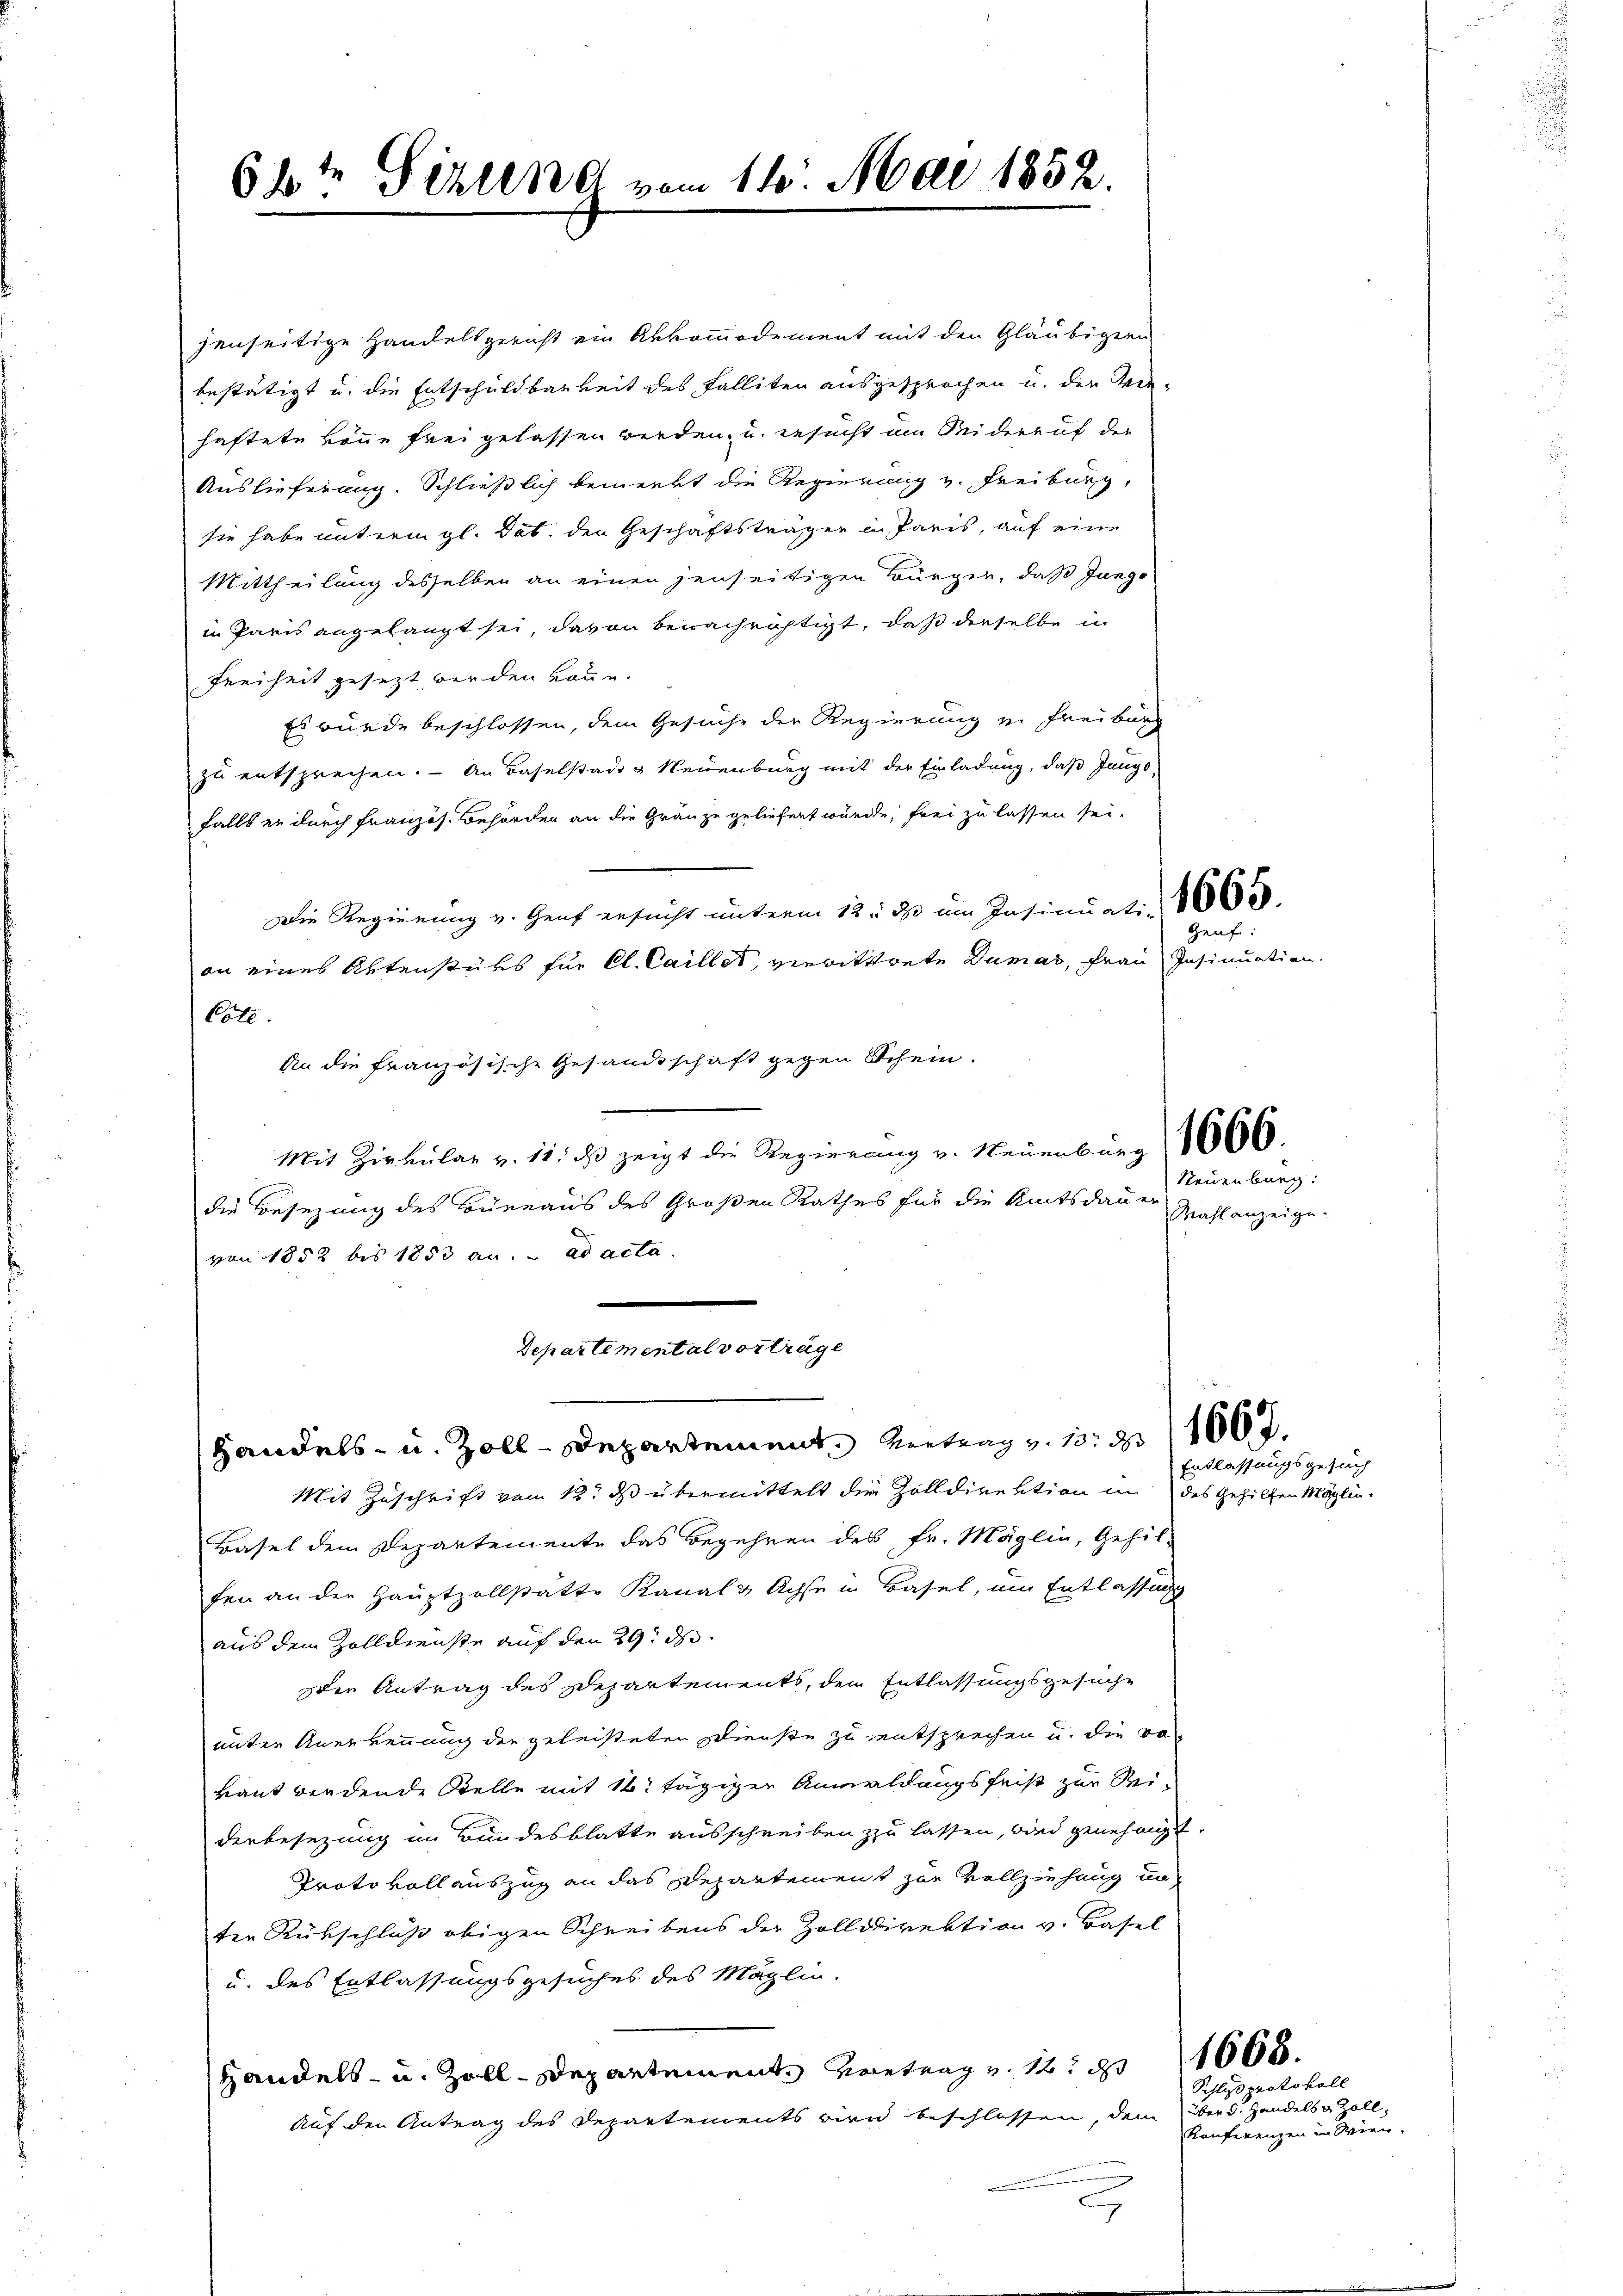
68te Sitzung vom 14. Mai 1852.

jenseitige Handelsgericht ein Abkommodement mit den Gläubigern
bestätigt u. die Entschuldbarkeit des Falliten ausgesprochen u. der Wie-
haftete könne frei gelassen werden, u. ersucht am Seiderauf der
Auslieferung. Schließlich bemerkt die Regierung v. Freiburg,
sie habe unterm gl. dat. den Geschäftsträger in Paris, auf eine
Mittheilung desselben an einen jenseitigen Bürger, daß Jungo
in Paris angelangt sei, davon benachrichtigt, daß derselbe in
Freiheit gesezt werden könne.
Es würde beschlossen, dem Gesuche der Regierung in Freiburg
zu entsprechen. - An Baselstadt u Neuenburg mit der Einladung, daß Jango
falls er durch Französ. Behörden an die Gränze geliefert würde, frei zu lassen sei.
Die Regierung v. Genf ersucht unterm 12. ds im Insinuati 10000
an eines Aktenstüks für Cl. Caillet, verwittwete Dumas, Frau Insinuation.
Cote.
An die französische Gesandtschaft gegen Schein.
Mit Zirkular v. 11. ds zeigt die Regierung v. Neuenburg 16656.
die Besezung des Büreaus des Großen Rathes für die Amtsdauer
von 1852 bis 1853 an. ad acta.
Departemental vorträge

Handels- u. Zoll-Departement Vertrag v. 13. d. 1067.
Mit Zuschrift vom 12. ds übermittelt die Zolldirektion in des Gehilfen Möglin-
Basel dem Departemente das Begehren des Fr. Möglin, Gehil-
fen an der Hauptzollstatte Kanal & Achse in Basel, um Entlassung
aus dem Zolldienste auf den 29. ds
er Antrag des Departements, dem Entlassungsgesuche
unter Anerkennung der geleisteten Dienste zu entsprechen u. die von
Laut werdende Stelle mit 16. tägiger Anmeldungsfeis zur Wi-
derbesezung im Bundesblatte ausschreiben zu lassen, wird genehmigt.
Protokollauszug an das Departement zur Vollziehung un
ter Rückschluß obigen Schreibens der Zolldirektion v. Basel
u. des Entlassungsgesuches des Maglin.
Handels- u. Zoll-Departement vortrag v. 1. ds
Auf den Antrag des Departements bien beschlossen, dem über d. Handels & Zoll-
.

Grafe:

Neuenburg:
Wahl anzeige.

Entlassungsgesuch

1668.

Schluss protokoll
Konferenzen in Wien.